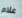
علام